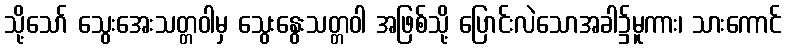
သို့သော် သွေးအေးသတ္တဝါမှ သွေးနွေးသတ္တဝါ အဖြစ်သို့ ပြောင်းလဲသောအခါ၌မူကား၊ သားကောင်